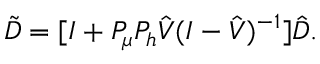
\tilde { D } = [ I + P _ { \mu } P _ { h } \hat { V } ( I - \hat { V } ) ^ { - 1 } ] \hat { D } .